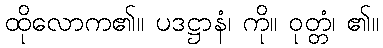
ထိုလောက၏။ ပဒဋ္ဌာနံ၊ ကို။ ဝုတ္တံ၊ ၏။